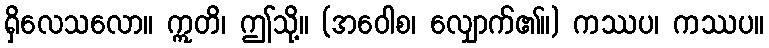
ရှိလေသလော။ ဣတိ၊ ဤသို့။ (အဝေါစ၊ လျှောက်၏။) ကဿပ၊ ကဿပ။